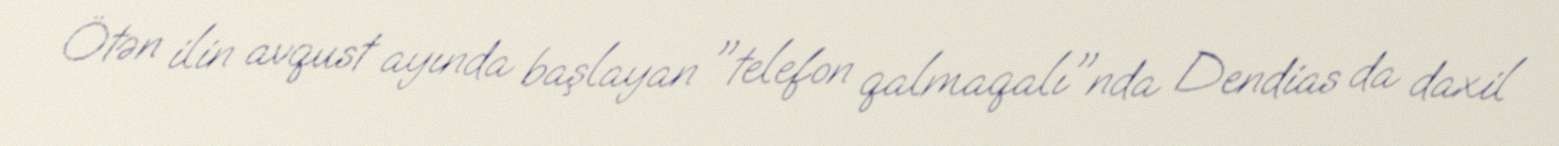
Ötən ilin avqust ayında başlayan "telefon qalmaqalı"nda Dendias da daxil